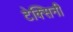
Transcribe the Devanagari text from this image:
टेक्सिनी